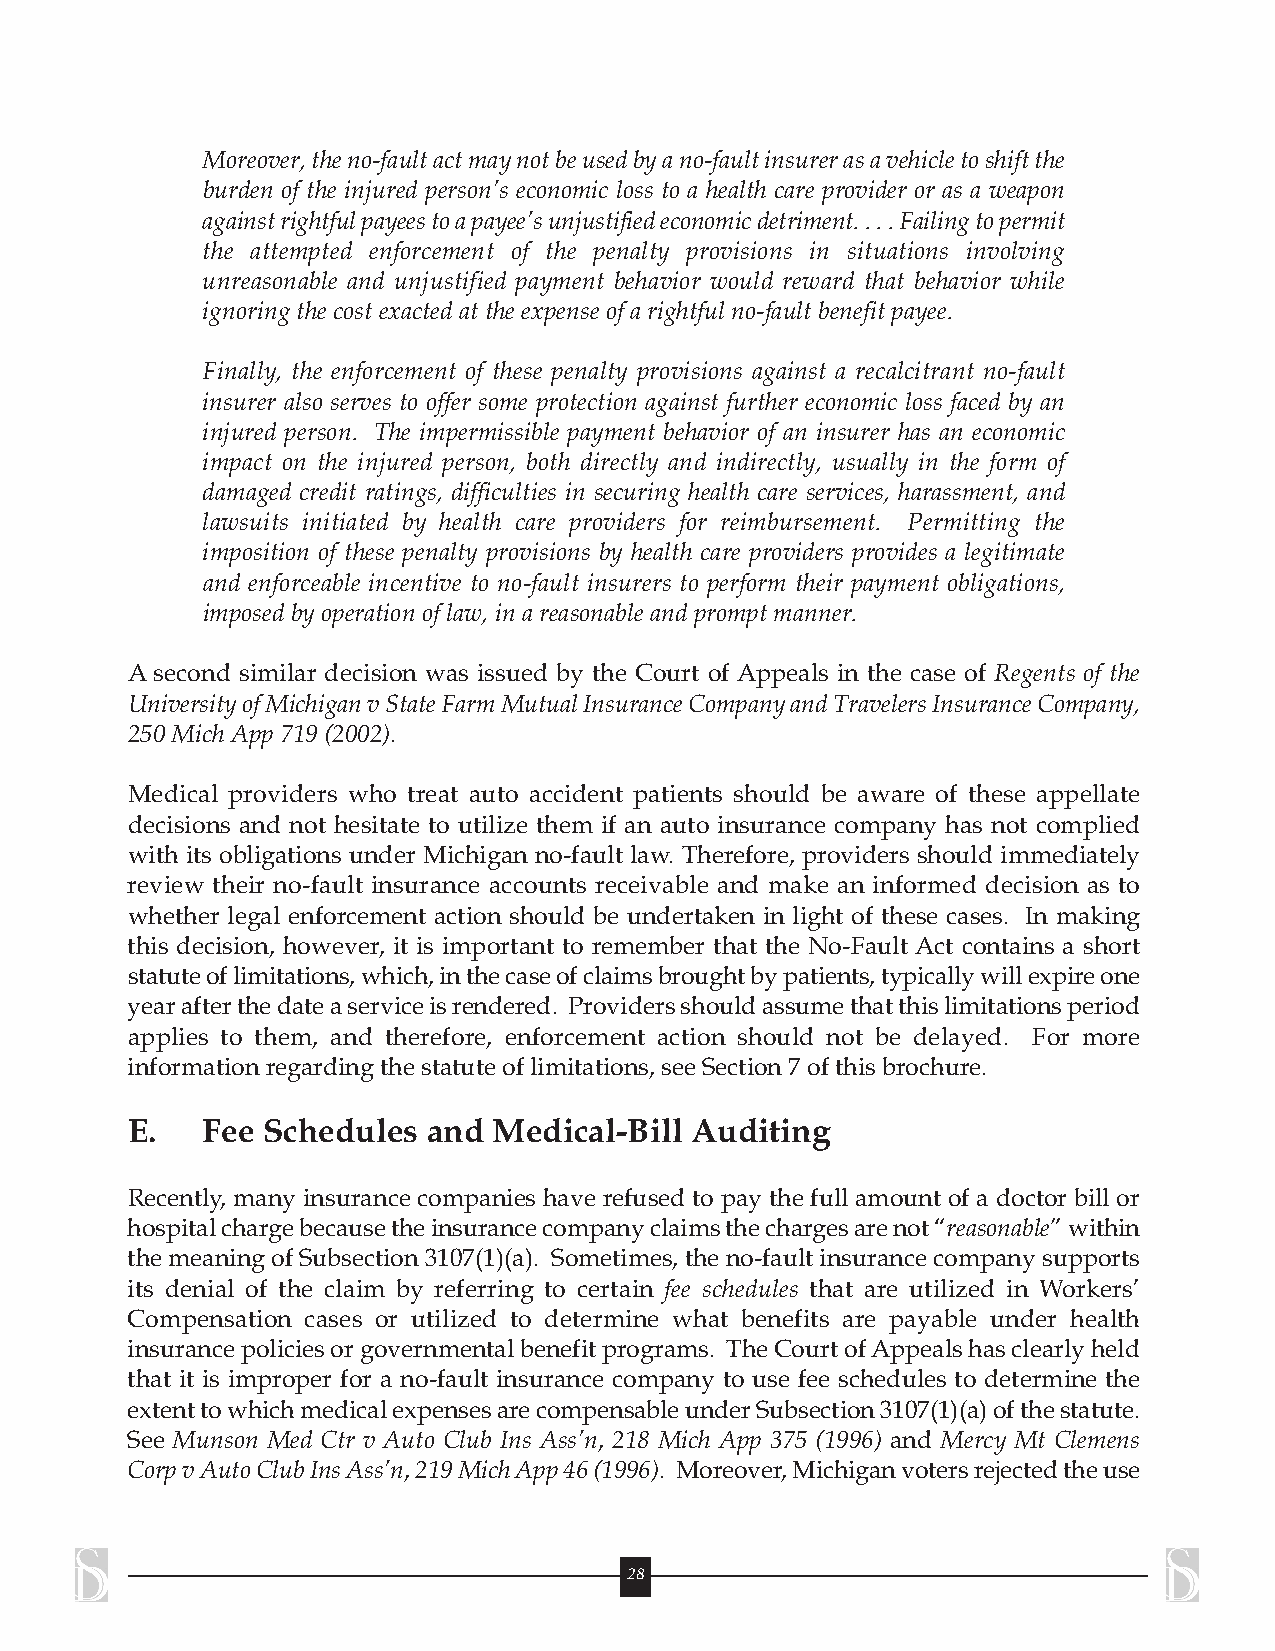
Moreover,theno-faultactmaynotbeusedbyano-faultinsurerasavehicletoshiftthe
 burden of the injured person’s economic loss to a health care provider or as a weapon
 againstrightfulpayeestoapayee’sunjustifiedeconomicdetriment....Failingtopermit
 the attempted enforcement of the penalty provisions in situations involving
 unreasonable and unjustified payment behavior would reward that behavior while
 ignoring the cost exacted at the expense ofarightfulno-faultbenefit payee.
 Finally, the enforcement of these penalty provisions against a recalcitrant no-fault
 insurer also serves to offer some protection against further economic loss faced by an
 injured person. The impermissible payment behavior of an insurer has an economic
 impact on the injured person, both directly and indirectly, usually in the form of
 damaged credit ratings, difficulties in securing health care services, harassment, and
 lawsuits initiated by health care providers for reimbursement. Permitting the
 imposition of these penalty provisions by health care providers provides a legitimate
 and enforceable incentive to no-fault insurers to perform their payment obligations,
 imposed byoperation oflaw,inareasonableandpromptmanner.
 A second similar decision was issued by the Court of Appeals in the case of Regents of the
 UniversityofMichiganvStateFarmMutualInsuranceCompanyandTravelersInsuranceCompany,
 250Mich App719(2002).
 Medical providers who treat auto accident patients should be aware of these appellate
 decisions and not hesitate to utilize them if an auto insurance company has not complied
 with its obligations under Michigan no-fault law. Therefore, providers should immediately
 review their no-fault insurance accounts receivable and make an informed decision as to
 whether legal enforcement action should be undertaken in light of these cases. In making
 this decision, however, it is important to remember that the No-Fault Act contains a short
 statuteoflimitations,which,inthecaseofclaimsbroughtbypatients,typicallywillexpireone
 yearafterthedateaserviceisrendered. Providersshouldassumethatthislimitationsperiod
 applies to them, and therefore, enforcement action should not be delayed. For more
 informationregarding the statuteof limitations,seeSection 7ofthisbrochure.
 E.   Fee Schedules  and  Medical-Bill Auditing
 Recently, many insurance companies have refused to pay the full amount of a doctor bill or
 hospitalchargebecausetheinsurancecompanyclaimsthechargesarenot“reasonable”within
 themeaningofSubsection3107(1)(a). Sometimes,theno-faultinsurancecompanysupports
 its denial of the claim by referring to certain fee schedules that are utilized in Workers’
 Compensation cases or utilized to determine what benefits are payable under health
 insurancepoliciesorgovernmentalbenefitprograms. TheCourtofAppealshasclearlyheld
 that it is improper for a no-fault insurance company to use fee schedules to determine the
 extenttowhichmedicalexpensesarecompensableunderSubsection3107(1)(a)ofthestatute.
 See Munson Med Ctr v Auto Club Ins Ass’n, 218 Mich App 375 (1996) and Mercy Mt Clemens
 CorpvAutoClubInsAss’n,219MichApp46(1996). Moreover,Michiganvotersrejectedtheuse
 28